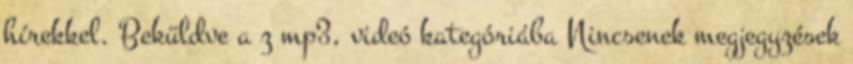
hírekkel. Beküldve a z mp3, videó kategóriába Nincsenek megjegyzések